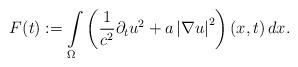
LaTeX: \begin{align*}F(t):=\int\limits_{\Omega} \left ( \frac{1}{c^2} \partial_t u^{2} + a \left| \nabla u\right|^{2} \right) \left( x,t\right) dx. \end{align*}